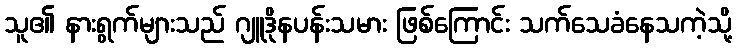
သူ၏ နားရွက်များသည် ဂျူဒိုနပန်းသမား ဖြစ်ကြောင်း သက်သေခံနေသကဲ့သို့